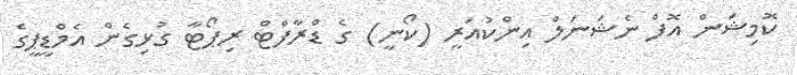
ކޮމިޝަން އޮފް ނެޝަނަލް އިންކުއަރީ (ކޯނީ) ގެ ޑްރާފްޓް ރިޕޯޓާ ގުޅިގެން އެމްޑީޕީގެ